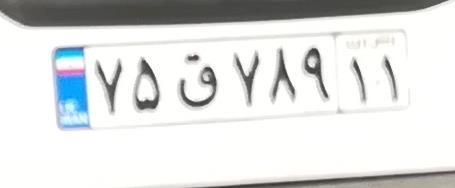
۷۵ق۷۸۹۱۱